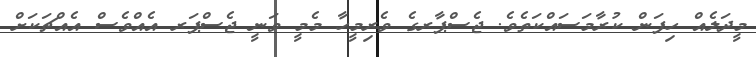
މީދަލެއް ހިފަން ކުރާމަސައްކަތެވެ. ޖެސްޕާރގެ ވެރިމީހާ މެމީ ވަނީ ޖެސްޕަރ އެއްވެސް އެއްޗަކަށް